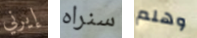
إيرني سنراه وهلم